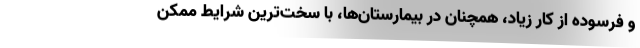
و فرسوده از کار زیاد، همچنان در بیمارستان‌ها، با سخت‌ترین شرایط ممکن